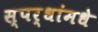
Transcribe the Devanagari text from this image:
स्पर्धांमधे